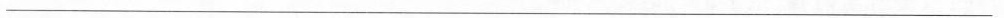
___